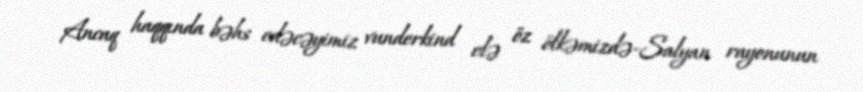
Ancaq haqqında bəhs edəcəyimiz vunderkind elə öz ölkəmizdə-Salyan rayonunun